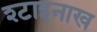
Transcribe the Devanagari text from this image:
श्टाइनाख